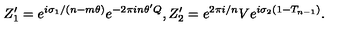
Z _ { 1 } ^ { \prime } = e ^ { i \sigma _ { 1 } / ( n - m \theta ) } e ^ { - 2 \pi i n \theta ^ { \prime } Q } , Z _ { 2 } ^ { \prime } = e ^ { 2 \pi i / n } V e ^ { i \sigma _ { 2 } ( 1 - T _ { n - 1 } ) } .